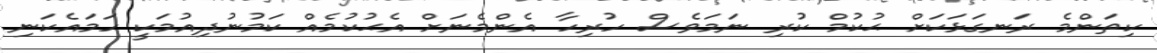
ކިތަންމެ ރަނގަޅަކަށް ޙުކުމް ކުރި ނަމަވެސް ހުރިހާ އެންމެނަށް އެޙުކުމެއް ކަމުނުދިއުމަކީ ހަމައެކަނި